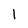
Character: l